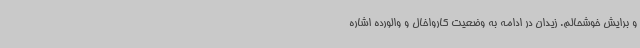
و برایش خوشحالم. زیدان در ادامه به وضعیت کارواخال و والورده اشاره